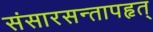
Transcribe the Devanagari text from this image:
संसारसन्तापहृत्